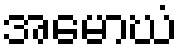
အမောဃံ